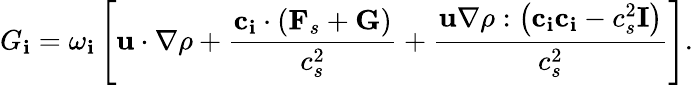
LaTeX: {G_{\mathbf{i}}}={\omega_{\mathbf{i}}}\left[{{\mathbf{{u}}}\cdot\nabla\rho+\frac{{{{{\mathbf{{c}}}_{\mathbf{i}}}\cdot\left({{{\mathbf{{F}}}_{s}}+{\mathbf{{G}}}}\right)}}}{{{c_{s}^{2}}}}+\frac{{{{\mathbf{{u}}}\nabla\rho:\left({{{\mathbf{{c}}}_{\mathbf{i}}}{{\mathbf{{c}}}_{\mathbf{i}}}-c_{s}^{2}{\mathbf{{I}}}}\right)}}}{{{c_{s}^{2}}}}}\right].